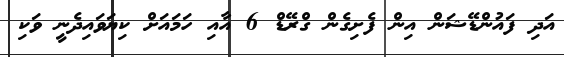
އަދި ފައުންޑޭޝަން އިން ފެށިގެން ގްރޭޑް 6 އާއި ހަމައަށް ކިޔަވައިދެނީ ވަކި